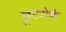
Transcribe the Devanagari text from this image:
छूटनेके